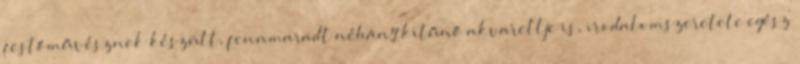
festőművésznek készült, fennmaradt néhány kitűnő akvarellje is, irodalomszeretete egész